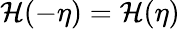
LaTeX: \mathcal{H}(-\eta)=\mathcal{H}(\eta)